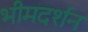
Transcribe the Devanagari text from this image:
भीमदर्शन